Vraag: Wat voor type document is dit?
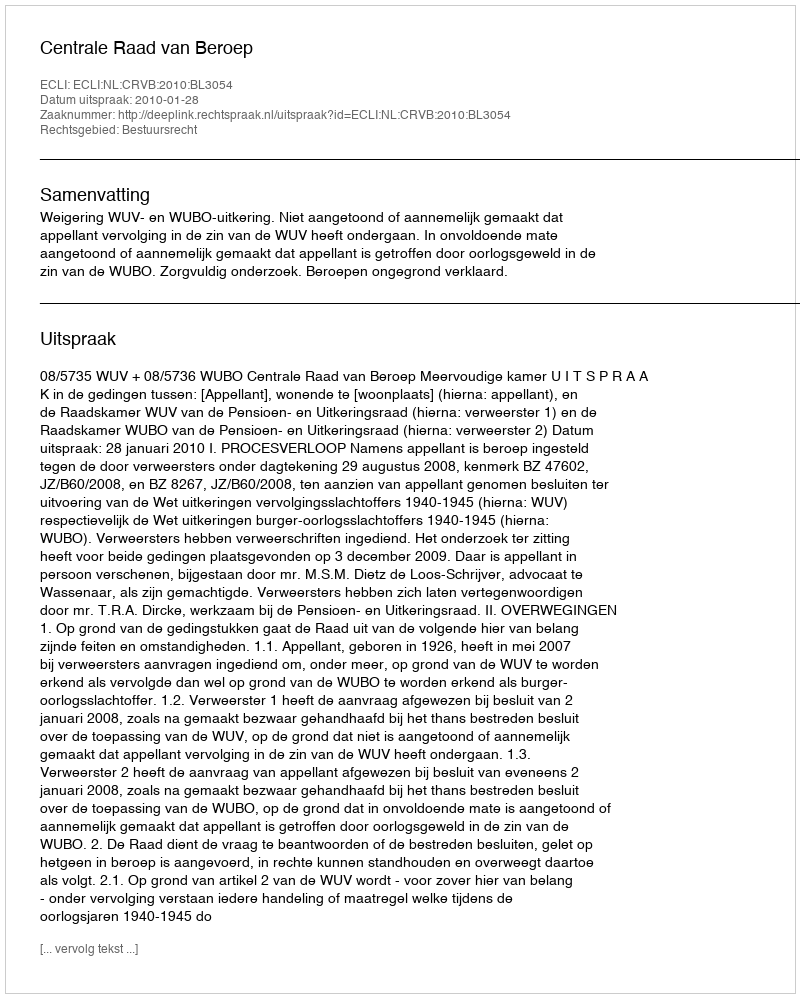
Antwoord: Uitspraak